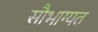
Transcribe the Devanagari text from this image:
सौभाग्यत